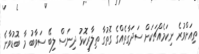
ތިއަށްވުރެ ނިކަމެއްޗަކަށް ސަދަގާތެއްގެ ގޮތުގާ ތިލާރިކޮޅު ދިނަސް ލިބޭ ސަވާބު މާ ބޮޑުވާނެ